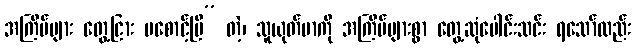
အကြိမ်များ တွေ့ငြား မစောင့်ပြီ” တဲ့၊ သူယုတ်မာကို အကြိမ်များစွာ တွေ့ဆုံပေါင်းသင်း ရသော်လည်း